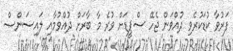
ފަރުވާ ކުޑަކުރެވި ދުއްވަން ޖެހޭ ސްޕީޑަށް ވުރެ މާ ބާރަށް ދުއްވުމާއި ލައިސަންސް